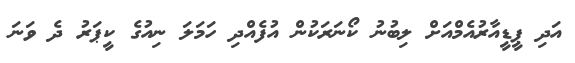
އަދި ޕީޑީއާރުއެމްއަށް ލިބުނު ކޯނަރަކުން އުފެއްދި ހަމަލަ ނިއުގެ ކީޕަރު ދެ ވަނަ